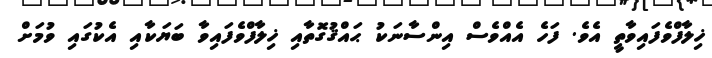
ޚިލާފްވެފައިވާތީ އެވެ. ފަހެ އެއްވެސް އިންސާނަކު ޙައްޤުގޮތާއި ޚިލާފްވެފައިވާ ބަޔަކާއި އެކުގައި ވުމަށް